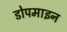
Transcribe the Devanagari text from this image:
डोपमाइन